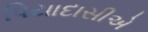
પિયાદાસીએ